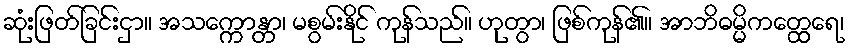
ဆုံးဖြတ်ခြင်းငှာ။ အသက္ကောန္တာ၊ မစွမ်းနိုင် ကုန်သည်။ ဟုတွာ၊ ဖြစ်ကုန်၏။ အာဘိဓမ္မိကတ္ထေရေ၊